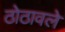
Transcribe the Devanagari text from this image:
ठोठावले